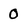
Character: 0